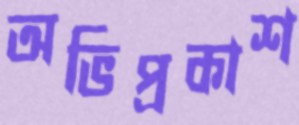
অভিপ্রকাশ